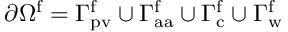
\partial \Omega ^ { \mathrm { f } } = \Gamma _ { \mathrm { p v } } ^ { \mathrm { f } } \cup \Gamma _ { \mathrm { a a } } ^ { \mathrm { f } } \cup \Gamma _ { \mathrm { c } } ^ { \mathrm { f } } \cup \Gamma _ { \mathrm { w } } ^ { \mathrm { f } }